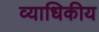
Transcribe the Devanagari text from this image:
व्याधिकीय